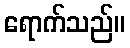
ရောက်သည်။